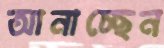
আনাচ্ছেন